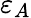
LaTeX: \varepsilon_{A}